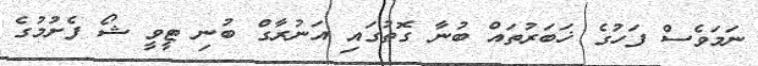
ނަމަވެސް ފަހުގެ ޚަބަރުތައް ބުނާ ގޮތުގައި އަނުރާގް ބުނި ޓީވީ ޝޯ ފެށުމުގެ